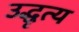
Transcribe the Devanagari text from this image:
उद्धृत्य